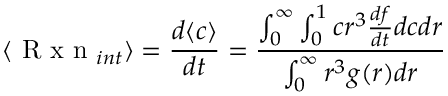
\langle \mathrm { ~ R ~ x ~ n ~ } _ { i n t } \rangle = \frac { d \langle c \rangle } { d t } = \frac { \int _ { 0 } ^ { \infty } \int _ { 0 } ^ { 1 } c r ^ { 3 } \frac { d f } { d t } d c d r } { \int _ { 0 } ^ { \infty } r ^ { 3 } g ( r ) d r }